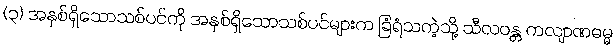
(၃) အနှစ်ရှိသောသစ်ပင်ကို အနှစ်ရှိသောသစ်ပင်များက ခြံရံသကဲ့သို့ သီလဝန္တ ကလျာဏဓမ္မ